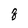
Character: z